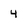
Character: 4